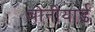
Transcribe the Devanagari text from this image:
बोनीयार्ड